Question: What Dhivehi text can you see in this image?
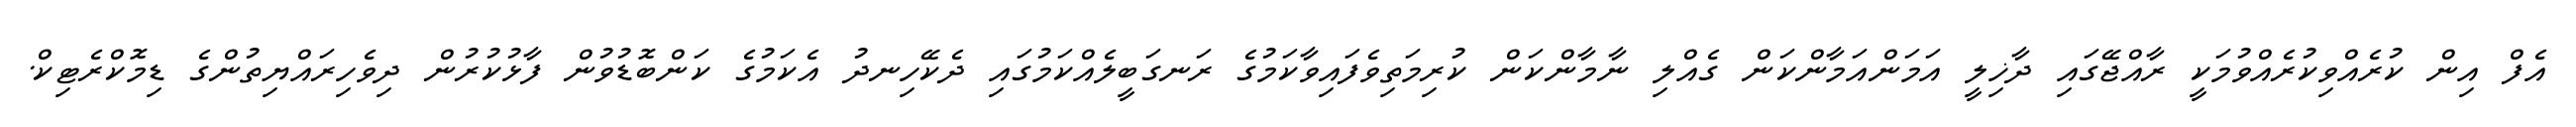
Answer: އެފް އިން ކުރެއްވިކުރެއްވުމަކީ ރާއްޖޭގައި ދާޚިލީ އަމަންއަމާންކަން ގެއްލި ނާމާންކަން ކުރިމަތިވެފައިވާކަމުގެ ރަނގަބީލެއްކަމުގައި ދެކޭހިނދު އެކަމުގެ ކަންބޮޑުވުން ފާޅުކުރުން ދިވެހިރައްޔިތުންގެ ޑިމޮކްރެޓިކް.